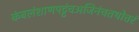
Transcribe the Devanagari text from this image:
कंबलंशाणपट्टंचअजिनंचतथोत्तरं